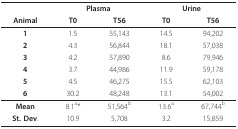
|  | <COLSPAN=2> Plasma | <COLSPAN=2> Urine |
 | Animal | T0 | T56 | T0 | T56 |
 | --- | --- | --- | --- | --- |
 | 1 | 1.5 | 55,143 | 14.5 | 94,202 |
 | 2 | 4.3 | 56,844 | 18.1 | 57,038 |
 | 3 | 4.2 | 57,890 | 8.6 | 79,946 |
 | 4 | 3.7 | 44,986 | 11.9 | 59,178 |
 | 5 | 4.5 | 46,275 | 15.5 | 62,103 |
 | 6 | 30.2 | 48,248 | 13.1 | 54,002 |
 | Mean | 8.1a* | 51,564b | 13.6a | 67,744b |
 | St. Dev. | 10.9 | 5,708 | 3.2 | 15,859 |